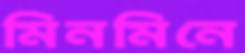
মিনমিনে